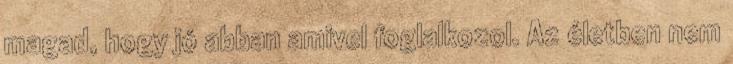
magad, hogy jó abban amivel foglalkozol. Az életben nem